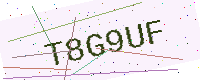
Text: T8G9UF